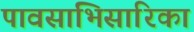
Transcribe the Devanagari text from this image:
पावसाभिसारिका